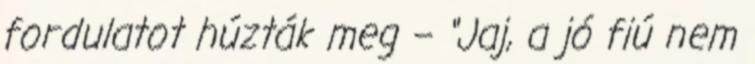
fordulatot húzták meg – “Jaj, a jó fiú nem